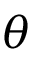
\theta _ { }